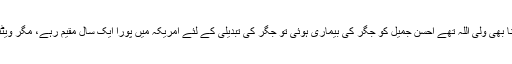
احسن جمیل اقبال کے نانا بھی ولی اللہ تھے احسن جمیل کو جگر کی بیماری ہوئی تو جگر کی تبدیلی کے لئے امریکہ میں پورا ایک سال مقیم رہے، مگر ویٹنگ لسٹ بہت لمبی تھی۔